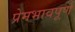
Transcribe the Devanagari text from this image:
प्रेमभावपूर्ण